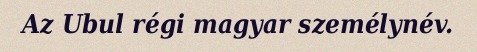
Az Ubul régi magyar személynév.